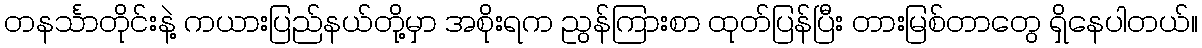
တနင်္သာတိုင်းနဲ့ ကယားပြည်နယ်တို့မှာ အစိုးရက ညွန်ကြားစာ ထုတ်ပြန်ပြီး တားမြစ်တာတွေ ရှိနေပါတယ်။